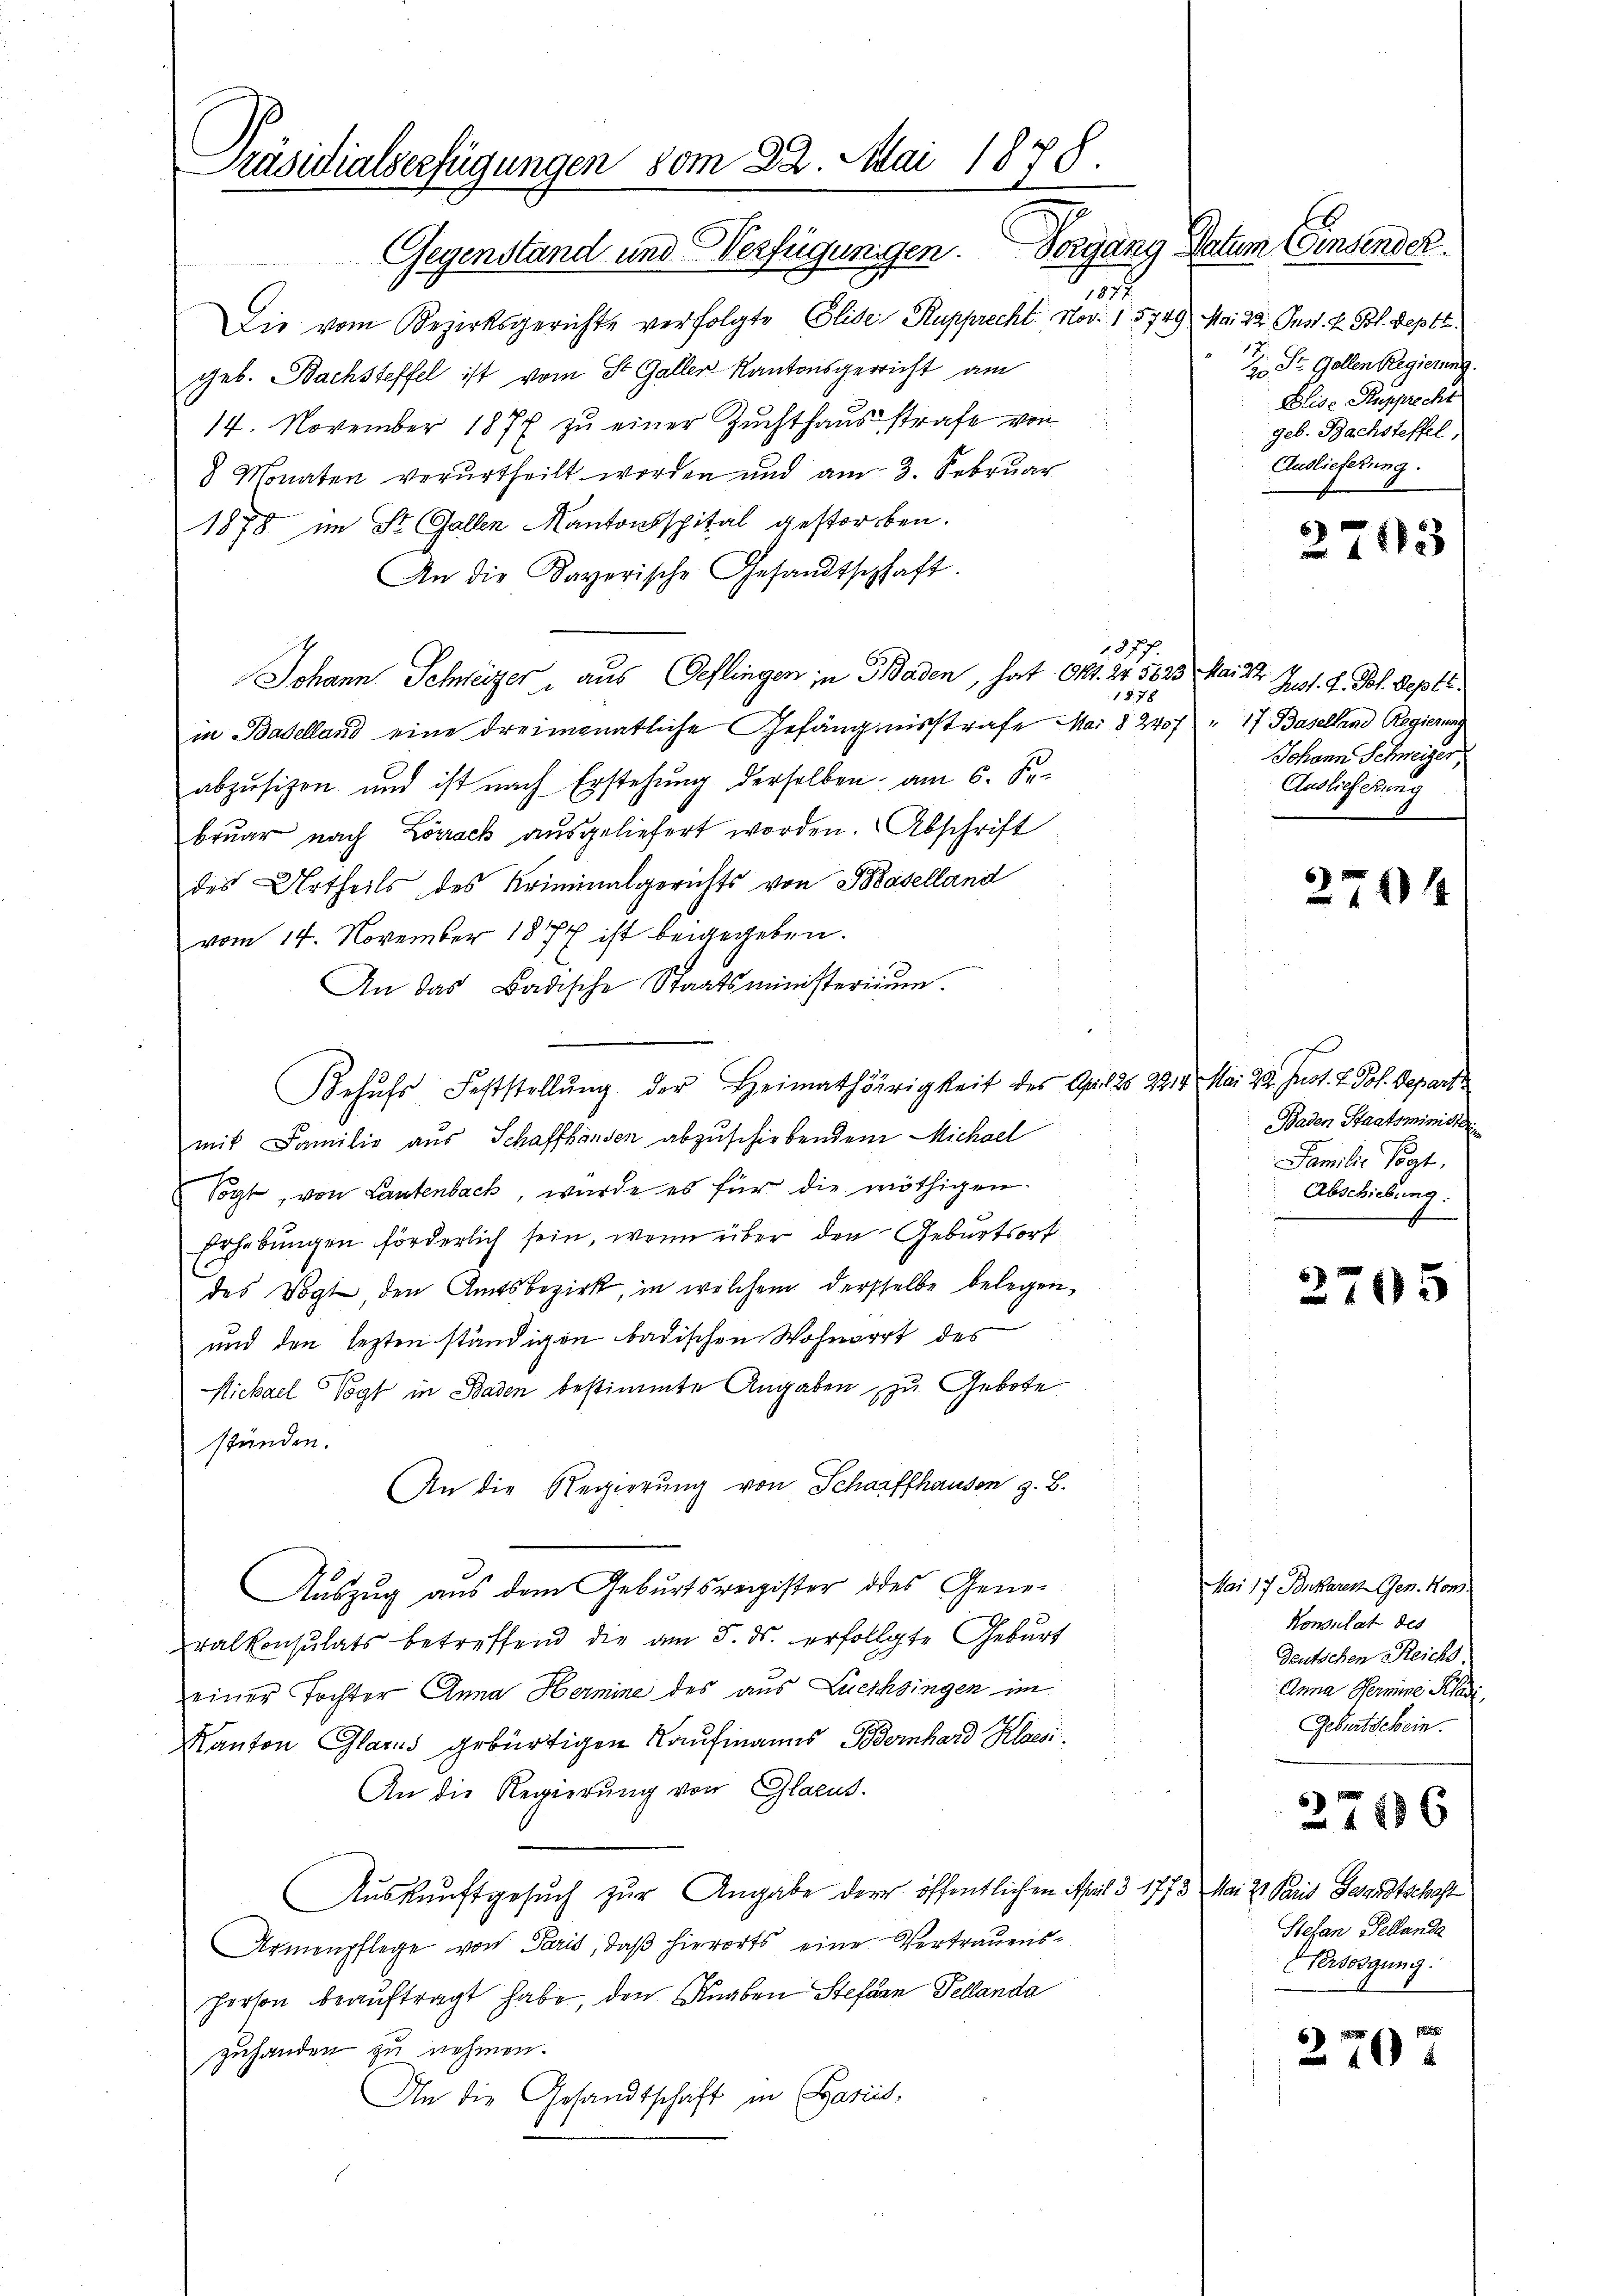
Präsidialverfügungen vom 22. Mai 1878.
Gegenstand und Verfügungen. Vorgang Datum Einsender.

197
Die vom Bezirksgerichte verfolgte Glide Rupprecht. Nov. 15749 Mai 22. Just. H. Pol. Deptt
geb. Bachsteffel ist vom St. Galler Kantonsgericht am
14. November 1874 zŭ einer Zuchthausstrafe von
8 Monaten verurtheilt worden und am 3. Februar
1878 im St. Gallen Kantonsspital gestorben.
An die Kaverische Gesandtschaft.
1877.
Johann Schweizer aus (Geflingen in Baden, hat Okt. 21. 5623 Mai 22 Just. H. Joh. Sept.
1878
in Baselland eine dreimonatliche Gefängnisstrafe Mai § 240f " 17 Baselland Regierung
abzusizen und ist nach Erstehung derselben am 6. Sebrŭar nach Lörrack aŭsgeliefert worden. Abschrift
des Urtheils des Kriminalgerichts von Baselland
vom 14. November 1877 ist beigegeben.
An das Badische Staatsministerium.
Behŭfs Feststellŭng der Heimathörigkeit des Gelds 221. Mai 22. Just. 2. Joh. Depart
mit Familie aus Schaffhausen abzuschiebendem Michael
Vogt, von Lautenbach, wurde es für die nöthigen
Erhebungen förderlich sein, wenn über den Geburtsort
des Vogt, den Amtsbezirk, in welchem dersselbe belegen,
und den lezten ständigen badischen Wohnorrt des
Michael Vogt in Baden bestimmte Angaben zu Gebote
stunden.
An die Regierung von Schaffhausen z. B.
Auszug aus dem Geburtsregister des Generalkonsulats betreffend die am 5. ds. erfolgte Geburt
einer Tochter Anna Hermine des aus Lucchsingen im
Kanton Glarus gebürtigen Kaufmanns Bernhard Klassi
An die Regierung von Glarus.
Auskunftgesuch zur Angabe der öffentlichen April 3 1773 Mai 2 Paris Gesandtschaft
Armenpflege von Paris, daß hierorts eine Vortrauens¬
Person beauftragt habe, den Knaben Stefan Fellanda
zuhanden zu nehmen.
An die Gesandtschaft in Hariis,

12
2o St. Gollen Regierung.
Elise Rupprecht
geb. Bachsteffel,
Auslieferung.

37183

Johann Schweizer,
Auslieferung
e

2741

Baden Staatsminister
Familie sagt.
Abschiebung.

3705

Mai 17 Brkaren Gen. Kon
Konsulat des
deutschen Reichs
Anna Permine Klavi
Geburtschein.

2716

Stefan Fellande
Persorgung.

2707